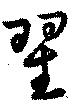
翟